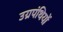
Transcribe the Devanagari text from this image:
उग्रपंथियों